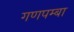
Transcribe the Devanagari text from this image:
गणपम्बा